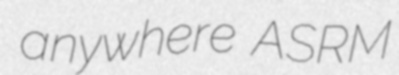
anywhere ASRM